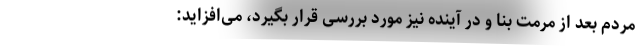
مردم بعد از مرمت بنا و در آینده نیز مورد بررسی قرار بگیرد، می‌افزاید:‌